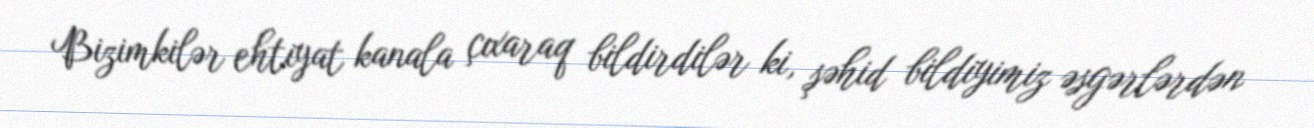
Bizimkilər ehtiyat kanala çıxaraq bildirdilər ki, şəhid bildiyimiz əsgərlərdən